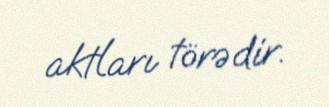
aktları törədir.